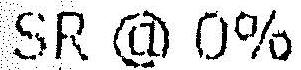
SR @ 0%